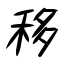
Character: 移